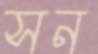
সন